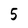
Character: 5